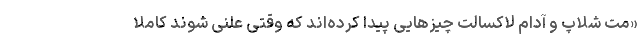
«مت شلاپ و آدام لاکسالت چیزهایی پیدا کرده‌اند که وقتی علنی شوند کاملا